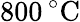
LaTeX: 800\, ^{\circ}\mathrm{C}